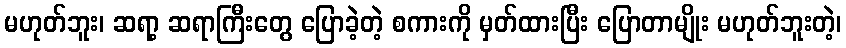
မဟုတ်ဘူး၊ ဆရာ့ ဆရာကြီးတွေ ပြောခဲ့တဲ့ စကားကို မှတ်ထားပြီး ပြောတာမျိုး မဟုတ်ဘူးတဲ့၊